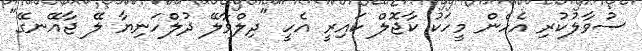
ސުވާލުކުރި އެހެން މީހަކު ކާޖޮލް ކައިރީ އެހީ "ދިލްވާލޭ ދުލްހަނިޔާ ލޭ ޖާއޭނގޭ"